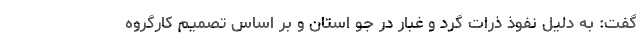
گفت: به دلیل نفوذ ذرات گرد و غبار در جو استان و بر اساس تصمیم کارگروه